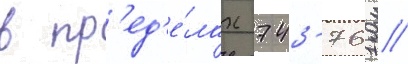
в пр'ед'е́лах 743-761 //